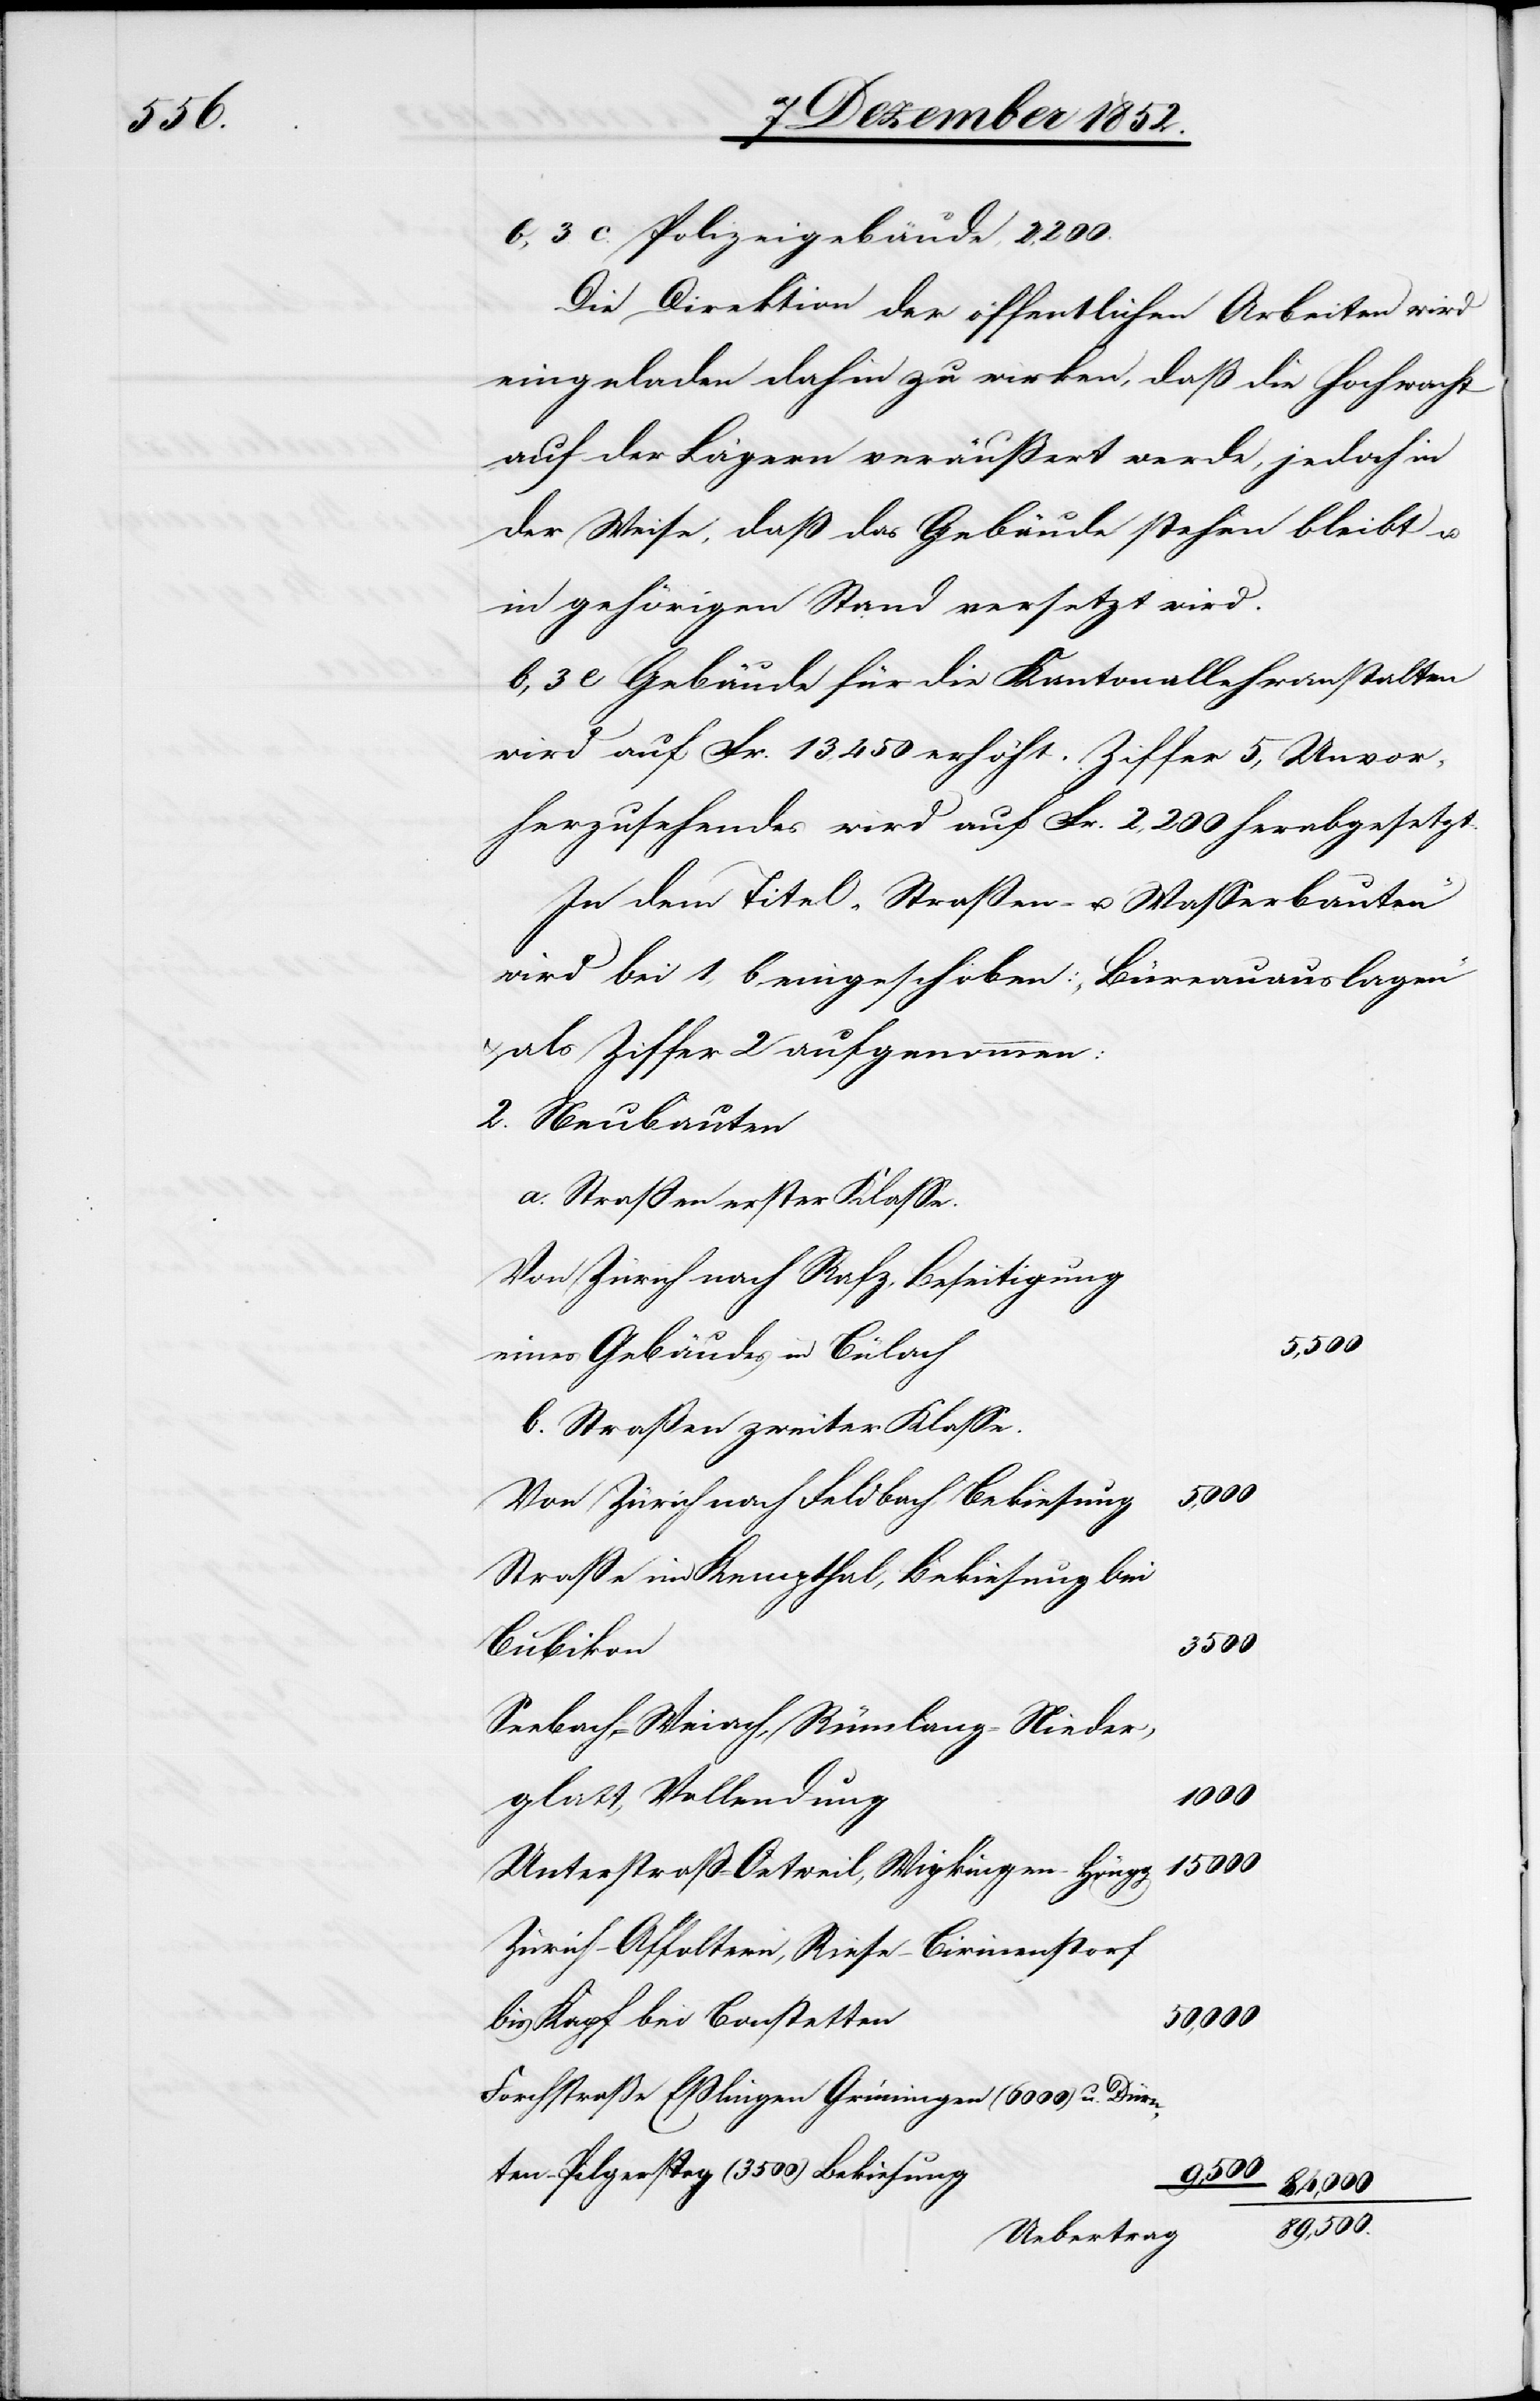
3500

b, 3. c. Polizeigebäude, 2,200.
Die Direktion der öffentlichen Arbeiten wird
eingeladen dahin zu wirken, daß die Hochwacht
auf der Lägern veräußert werde, jedoch in
der Weise, daß das Gebäude stehen bleibt u.
in gehörigen Stand versetzt wird.
b, 3 e Gebäude für die Kantonallehranstalten
wird auf Fr. 13,450 erhöht. Ziffer 5, Unvor¬
herzusehendes wird auf Fr. 2,200 herabgesetzt.
In dem Titel „Straßen- u. Wasserbauten“
wird bei 1, b eingeschoben: „Büreauauslagen“
als Ziffer 2 aufgenommen:
Neubauten
Straßen erster Klasse.
Von Zürich nach Rafz, Beseitigung
eines Gebäudes in Bülach
Straßen zweiter Klasse.
5,000
Von Zürich nach Feldbach, Bekiesung
Straße im Kempthal, Bekiesung bei
Bubikon
Seebach-Weiach, Rümlang-Nieder¬
glatt, Vollendung
15 000
Unterstraß-Oetweil, Wipkingen-Höngg
Zürich-Affoltern, Riese-Birmenstorf
bis Kapf bei Bonstetten
50,000
Forchstraße Eßlingen Grüningen (6000) u. Dürn¬
ten–Pilgersteg (3500) Bekiesung
9,500
89,500.
Uebertrag